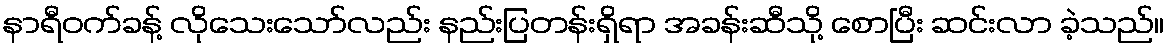
နာရီဝက်ခန့် လိုသေးသော်လည်း နည်းပြတန်းရှိရာ အခန်းဆီသို့ စောပြီး ဆင်းလာ ခဲ့သည်။